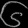
Digit: ၆